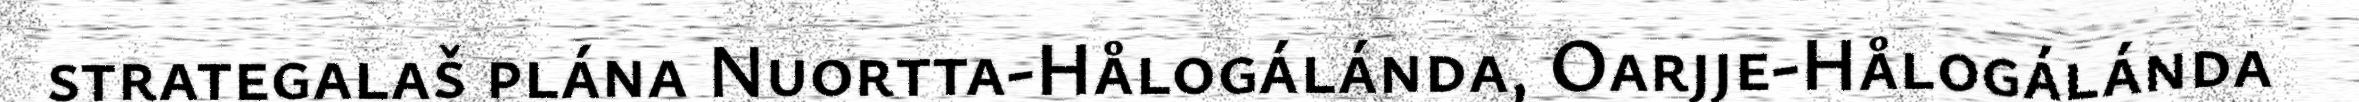
strategalaš plána Nuortta-Hålogálánda, Oarjje-Hålogálánda